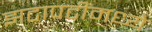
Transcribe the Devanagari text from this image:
झटापटींमध्ये